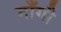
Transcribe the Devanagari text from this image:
माँगौ